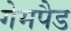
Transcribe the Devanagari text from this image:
गेमपैड